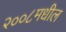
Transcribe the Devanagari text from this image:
२००८मधील